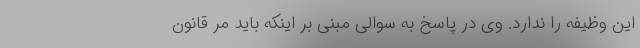
این وظیفه را ندارد. وی در پاسخ به سوالی مبنی بر اینکه باید مر قانون